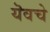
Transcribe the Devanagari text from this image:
यॆवचे